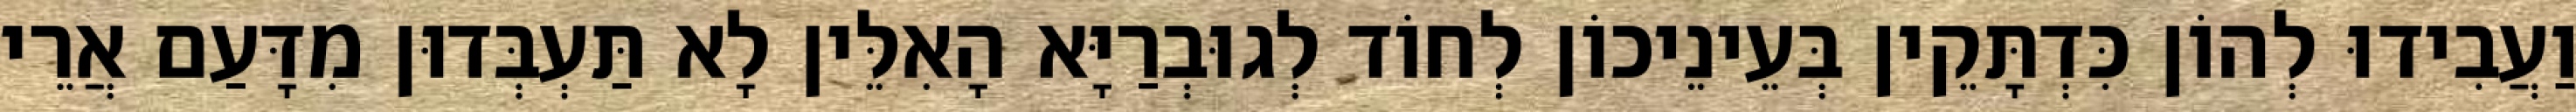
וַעֲבִידוּ לְהוֹן כִּדְתָּקֵין בְּעֵינֵיכוֹן לְחוֹד לְגוּבְרַיָּא הָאִלֵּין לָא תַּעְבְּדוּן מִדָּעַם אֲרֵי